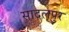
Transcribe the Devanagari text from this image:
सादलपुर